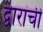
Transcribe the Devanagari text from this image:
द्वारांची